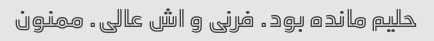
حلیم مانده بود. فرنی و اش عالی. ممنون